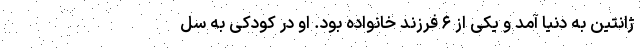
ژانتین به دنیا آمد و یکی از ۶ فرزند خانواده بود. او در کودکی به سل